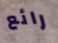
رائع